Indian journal of veterinary science and animal husbandry - Volume 9,
Year: 1939
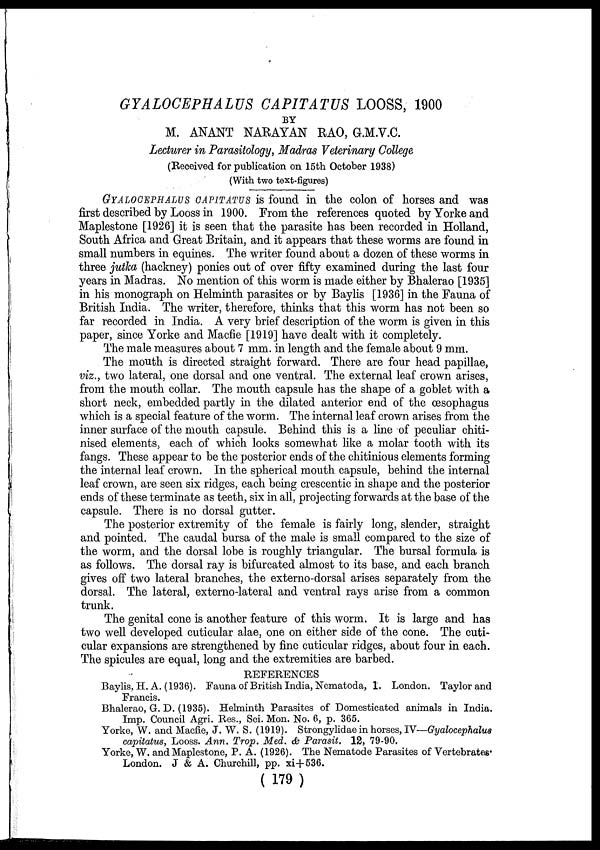
GYALOCEPHALUS CAPITATUS LOOSS, 1900
BY
M. ANANT NARAYAN RAO, G.M.V.C.
Lecturer in Parasitology, Madras Veterinary College
(Received for publication on 15th October 1938)
(With two text-figures)
GYALOCEPHALUS CAPITATUS is found in the colon of horses and was
first described by Looss in 1900. From the references quoted by Yorke and
Maplestone [1926] it is seen that the parasite has been recorded in Holland,
South Africa and Great Britain, and it appears that these worms are found in
small numbers in equines. The writer found about a dozen of these worms in
three jutka (hackney) ponies out of over fifty examined during the last four
years in Madras. No mention of this worm is made either by Bhalerao [1935]
in his monograph on Helminth parasites or by Baylis [1936] in the Fauna of
British India. The writer, therefore, thinks that this worm has not been so
far recorded in India. A very brief description of the worm is given in this
paper, since Yorke and Macfie [1919] have dealt with it completely.
The male measures about 7 mm. in length and the female about 9 mm.
The mouth is directed straight forward. There are four head papillae,
viz., two lateral, one dorsal and one ventral. The external leaf crown arises,
from the mouth collar. The mouth capsule has the shape of a goblet with a
short neck, embedded partly in the dilated anterior end of the œsophagus
which is a special feature of the worm. The internal leaf crown arises from the
inner surface of the mouth capsule. Behind this is a line of peculiar chiti-
nised elements, each of which looks somewhat like a molar tooth with its
fangs. These appear to be the posterior ends of the chitinious elements forming
the internal leaf crown. In the spherical mouth capsule, behind the internal
leaf crown, are seen six ridges, each being crescentic in shape and the posterior
ends of these terminate as teeth, six in all, projecting forwards at the base of the
capsule. There is no dorsal gutter.
The posterior extremity of the female is fairly long, slender, straight
and pointed. The caudal bursa of the male is small compared to the size of
the worm, and the dorsal lobe is roughly triangular. The bursal formula is
as follows. The dorsal ray is bifurcated almost to its base, and each branch
gives off two lateral branches, the externo-dorsal arises separately from the
dorsal. The lateral, externo-lateral and ventral rays arise from a common
trunk.
The genital cone is another feature of this worm. It is large and has
two well developed cuticular alae, one on either side of the cone. The cuti-
cular expansions are strengthened by fine cuticular ridges, about four in each.
The spicules are equal, long and the extremities are barbed.
REFERENCES
Baylis, H. A. (1936). Fauna of British India, Nematoda, 1. London. Taylor and
Francis.
Bhalerao, G. D. (1935). Helminth Parasites of Domesticated animals in India.
Imp. Council Agri. Res., Sci. Mon. No. 6, p. 365.
Yorke, W. and Macfie, J. W. S. (1919). Strongylidae in horses, IV—Gyalocephalus
capitatus, Looss. Ann. Trop. Med. & Parasit. 12, 79-90.
Yorke, W. and Maplestone, P. A. (1926). The Nematode Parasites of Vertebrates.
London. J & A. Churchill, pp. xi+536.
( 179 )